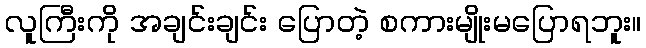
လူကြီးကို အချင်းချင်း ပြောတဲ့ စကားမျိုးမပြောရဘူး။